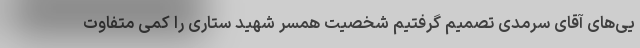
یی‌های آقای سرمدی تصمیم گرفتیم شخصیت همسر شهید ستاری را کمی متفاوت